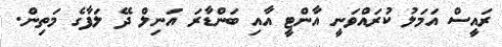
ރައީސް އަމަލު ކުރައްވަނީ އާންޓީ އާއި ބަންޑާރަ އަނިލް ދޭ ލަފާގެ މަތިން.